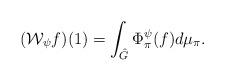
LaTeX: \begin{align*}(\mathcal{W}_{\psi}f)(1)= \int_{\hat{G}}^{}\Phi_{\pi}^{\psi}(f)d\mu_{\pi}.\end{align*}